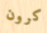
كرون